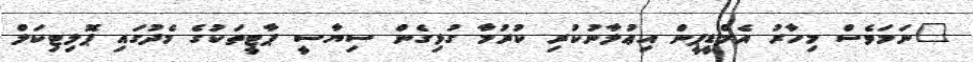
"ނަމަވެސް މިހާރު އެމްޑީޕީން އިޢުލާނުކުރި ކުރުމާ ގުޅިގެން ސިޔާސީ ޕާޓީތަކުގެ މެދުގައި ޕޮލިޓިކަލް